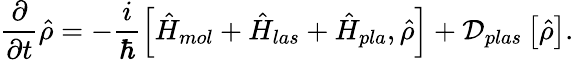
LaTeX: \frac{\partial}{\partial t}\hat{\rho}=-\frac{i}{\hbar}\left[\hat{H}_{mol}+\hat{H}_{las}+\hat{H}_{pla},\hat{\rho}\right]+\mathcal{D}_{plas}\left[\hat{\rho}\right].